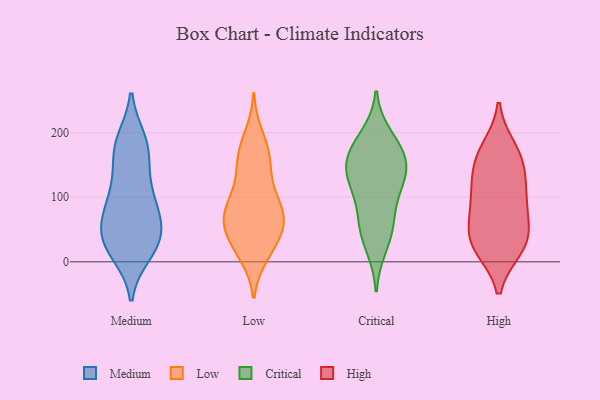
{"axis": {"x": "Gross Profit (USD K)", "y": "Value"}, "legend": ["Critical", "High", "Low", "Medium"], "data": [{"x": "", "y": 58, "type": "Medium"}, {"x": "", "y": 98, "type": "Medium"}, {"x": "", "y": 66, "type": "Medium"}, {"x": "", "y": 184, "type": "Medium"}, {"x": "", "y": 102, "type": "Medium"}, {"x": "", "y": 22, "type": "Medium"}, {"x": "", "y": 48, "type": "Medium"}, {"x": "", "y": 71, "type": "Medium"}, {"x": "", "y": 105, "type": "Medium"}, {"x": "", "y": 14, "type": "Medium"}, {"x": "", "y": 140, "type": "Medium"}, {"x": "", "y": 24, "type": "Medium"}, {"x": "", "y": 187, "type": "Medium"}, {"x": "", "y": 37, "type": "Medium"}, {"x": "", "y": 169, "type": "Medium"}, {"x": "", "y": 28, "type": "Medium"}, {"x": "", "y": 178, "type": "Medium"}, {"x": "", "y": 48, "type": "Low"}, {"x": "", "y": 72, "type": "Low"}, {"x": "", "y": 82, "type": "Low"}, {"x": "", "y": 196, "type": "Low"}, {"x": "", "y": 53, "type": "Low"}, {"x": "", "y": 72, "type": "Low"}, {"x": "", "y": 99, "type": "Low"}, {"x": "", "y": 178, "type": "Low"}, {"x": "", "y": 159, "type": "Low"}, {"x": "", "y": 10, "type": "Low"}, {"x": "", "y": 110, "type": "Low"}, {"x": "", "y": 29, "type": "Low"}, {"x": "", "y": 74, "type": "Low"}, {"x": "", "y": 28, "type": "Low"}, {"x": "", "y": 153, "type": "Low"}, {"x": "", "y": 125, "type": "Low"}, {"x": "", "y": 13, "type": "Low"}, {"x": "", "y": 66, "type": "Low"}, {"x": "", "y": 64, "type": "Low"}, {"x": "", "y": 163, "type": "Low"}, {"x": "", "y": 125, "type": "Critical"}, {"x": "", "y": 180, "type": "Critical"}, {"x": "", "y": 169, "type": "Critical"}, {"x": "", "y": 140, "type": "Critical"}, {"x": "", "y": 75, "type": "Critical"}, {"x": "", "y": 57, "type": "Critical"}, {"x": "", "y": 23, "type": "Critical"}, {"x": "", "y": 195, "type": "Critical"}, {"x": "", "y": 49, "type": "Critical"}, {"x": "", "y": 124, "type": "Critical"}, {"x": "", "y": 156, "type": "Critical"}, {"x": "", "y": 115, "type": "Critical"}, {"x": "", "y": 158, "type": "Critical"}, {"x": "", "y": 22, "type": "High"}, {"x": "", "y": 28, "type": "High"}, {"x": "", "y": 158, "type": "High"}, {"x": "", "y": 98, "type": "High"}, {"x": "", "y": 106, "type": "High"}, {"x": "", "y": 40, "type": "High"}, {"x": "", "y": 162, "type": "High"}, {"x": "", "y": 22, "type": "High"}, {"x": "", "y": 142, "type": "High"}, {"x": "", "y": 105, "type": "High"}, {"x": "", "y": 72, "type": "High"}, {"x": "", "y": 49, "type": "High"}, {"x": "", "y": 175, "type": "High"}]}